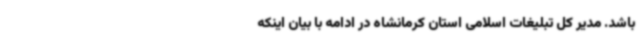
باشد. مدیر کل تبلیغات اسلامی استان کرمانشاه در ادامه با بیان اینکه